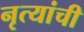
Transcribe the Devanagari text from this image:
नृत्यांची